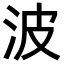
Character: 波